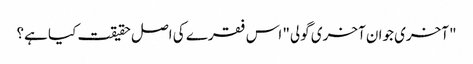
"آخری جوان آخری گولی" اس فقرے کی اصل حقیقت کیا ہے؟